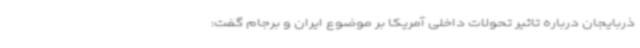
ذربایجان درباره تاثیر تحولات داخلی آمریکا بر موضوع ایران و برجام گفت: